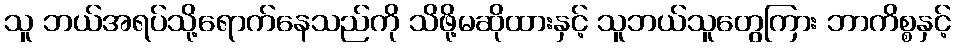
သူ ဘယ်အရပ်သို့ရောက်နေသည်ကို သိဖို့မဆိုထားနှင့် သူဘယ်သူတွေကြား ဘာကိစ္စနှင့်